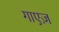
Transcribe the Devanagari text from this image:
गाएज़